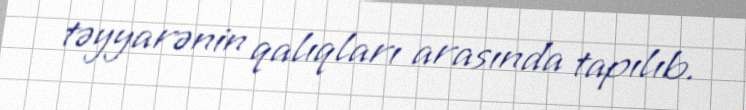
təyyarənin qalıqları arasında tapılıb.